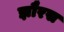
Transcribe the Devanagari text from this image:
झौरस